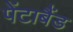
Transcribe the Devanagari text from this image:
पेंटाबैंड